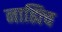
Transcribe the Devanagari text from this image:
नाह्यिच